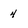
Character: 4